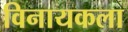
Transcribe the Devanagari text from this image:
विनायकला